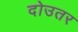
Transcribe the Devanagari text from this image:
दोउतर